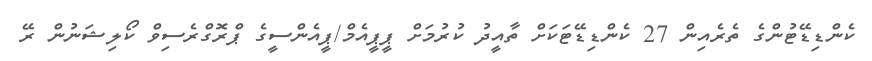
ކެންޑިޑޭޓުންގެ ތެރެއިން 27 ކެންޑިޑޭޓަކަށް ތާއީދު ކުރުމަށް ޕީޕީއެމް/ޕީއެންސީގެ ޕްރޮގްރެސިވް ކޯލިޝަނުން ރޭ